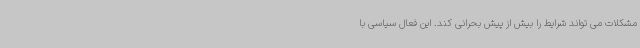
مشکلات می تواند شرایط را بیش از پیش بحرانی کند. این فعال سیاسی با